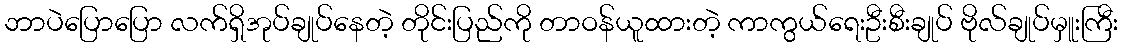
ဘာပဲပြောပြော လက်ရှိအုပ်ချုပ်နေတဲ့ တိုင်းပြည်ကို တာဝန်ယူထားတဲ့ ကာကွယ်ရေးဦးစီးချုပ် ဗိုလ်ချုပ်မှူးကြီး